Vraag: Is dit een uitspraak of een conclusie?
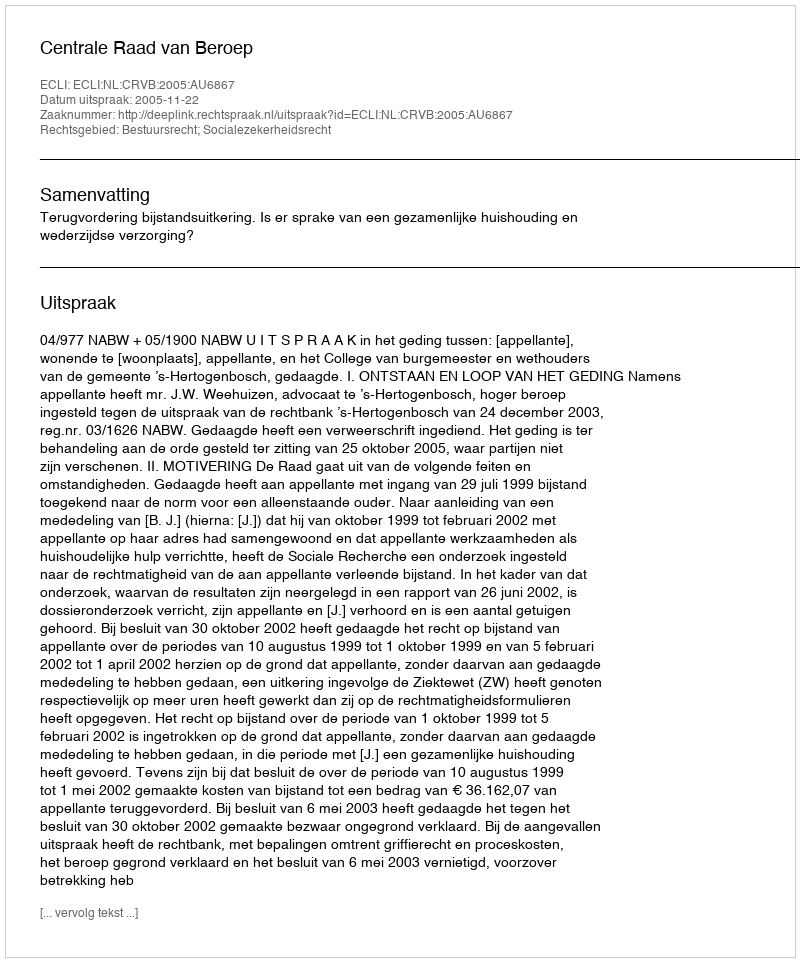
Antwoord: Uitspraak